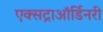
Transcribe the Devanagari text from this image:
एक्सट्राऑर्डिनरी